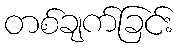
တစ်ချက်ခြင်း